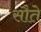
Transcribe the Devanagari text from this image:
सौते